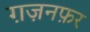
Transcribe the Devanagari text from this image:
ग़ज़नफ़र